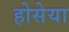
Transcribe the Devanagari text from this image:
होसेया